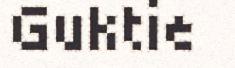
Guktie